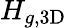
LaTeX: H_{g,\mathrm{3D}}